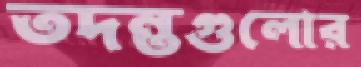
তদন্তগুলোর